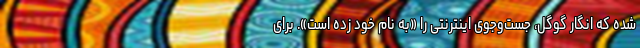
شده که انگار گوگل، جست‌وجوی اینترنتی را «به نام خود زده است». برای